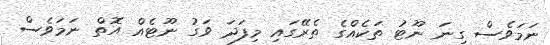
ނަމަވެސް ގިނަ ނޫޓު ތަކެއްގެ ތެރޭގައި މިފަދަ ވަގު ނޫޓެއް އޮތް ނަމަވެސް